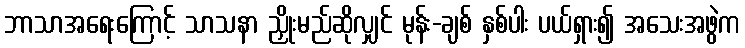
ဘာသာအရေးကြောင့် သာသနာ ညှိုးမည်ဆိုလျှင် မုန်း-ချစ် နှစ်ပါး ပယ်ရှား၍ အသေးအဖွဲက